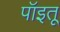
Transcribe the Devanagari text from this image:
पॉइतू